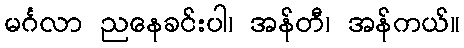
မင်္ဂလာ ညနေခင်းပါ၊ အန်တီ၊ အန်ကယ်။